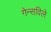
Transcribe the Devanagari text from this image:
गेन्सविले